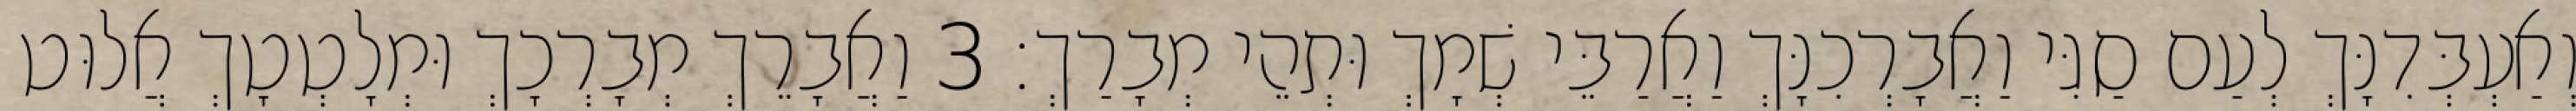
וְאַעְבְּדִנָּךְ לְעַם סַגִּי וַאֲבָרְכִנָּךְ וַאֲרַבֵּי שְׁמָךְ וּתְהֵי מְבָרַךְ׃ 3 וַאֲבָרֵךְ מְבָרְכָךְ וּמְלָטְטָךְ אֲלוּט